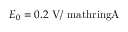
E _ { 0 } = 0 . 2 \ \mathrm { V / \ m a t h r i n g { A } }